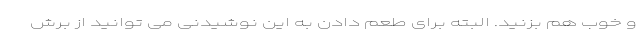
و خوب هم بزنید. البته برای طعم دادن به این نوشیدنی می توانید از برش